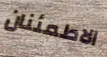
الاطمئنان